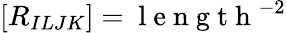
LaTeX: [R_{ILJK}]=\mathrm{~l~e~n~g~t~h~}^{-2}